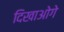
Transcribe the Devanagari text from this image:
दिखाओगे